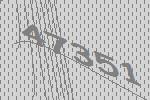
47351